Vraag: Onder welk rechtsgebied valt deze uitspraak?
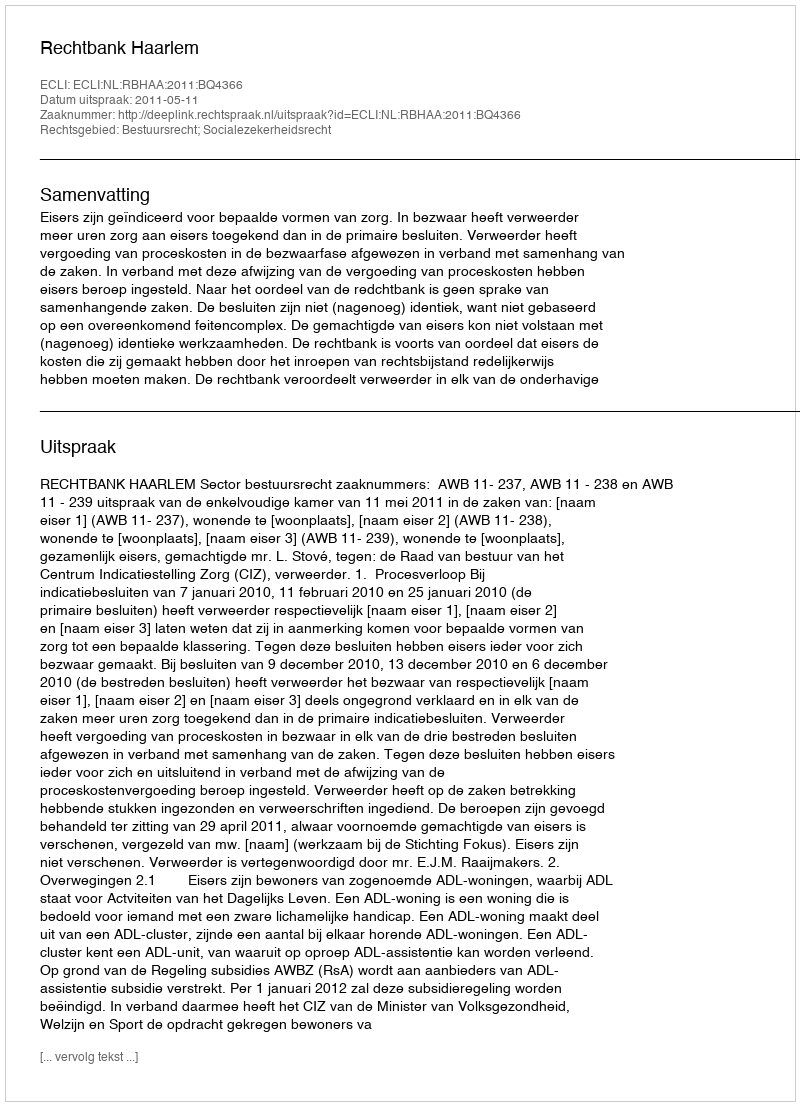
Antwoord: Bestuursrecht; Socialezekerheidsrecht